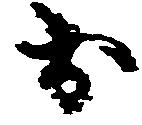
於